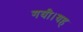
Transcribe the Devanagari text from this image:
गयी।यह